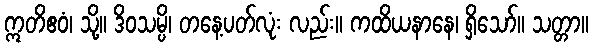
ဣတိဧဝံ၊ သို့။ ဒိဝသမ္ပိ၊ တနေ့ပတ်လုံး လည်း။ ကထိယနာနေ၊ ရှိသော်။ သတ္တာ။